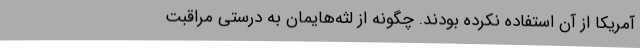
آمریکا از آن استفاده نکرده بودند. چگونه از لثه‌هایمان به درستی مراقبت